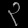
Digit: ၃